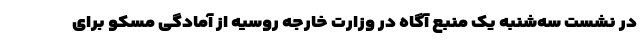
در نشست سه‌شنبه یک منبع آگاه در وزارت خارجه روسیه از آمادگی مسکو برای